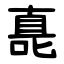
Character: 嗭